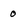
Character: 0